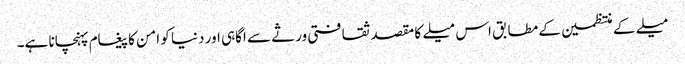
میلے کے منتظمین کے مطابق اس میلے کا مقصد ثقافتی ورثے سے اگاہی اور دنیا کو امن کا پیغام پہنچانا ہے۔